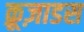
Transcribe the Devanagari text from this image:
क्रूज़ाडस